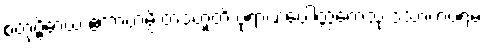
စတုဗ္ဗိဓာယ ဧကာဟမ္ပိ တဒဟူတိ ပုရာဏပေါတ္ထကေသု ဒသာဟပရမံ